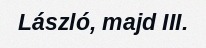
László, majd III.